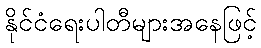
နိုင်ငံရေးပါတီများအနေဖြင့်